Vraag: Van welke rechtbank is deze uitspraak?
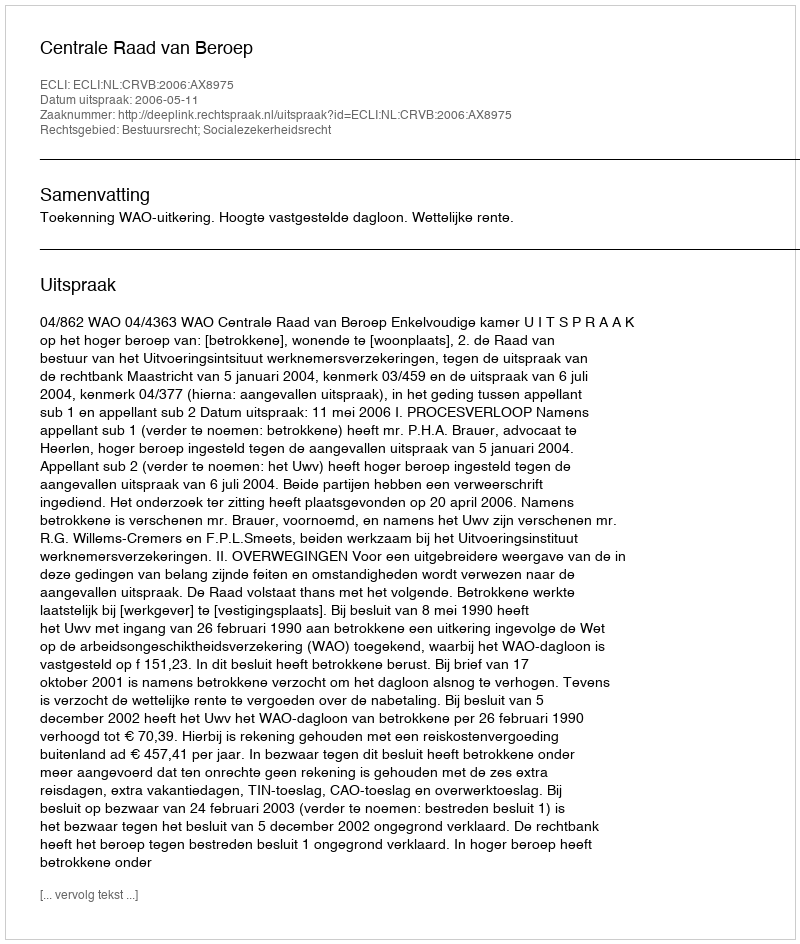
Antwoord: Centrale Raad van Beroep